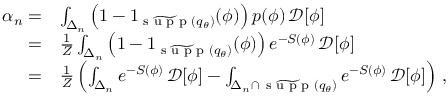
\begin{array} { r l } { \alpha _ { n } = } & { \int _ { \Delta _ { n } } \left( 1 - 1 _ { \widetilde { \textrm { s u p p } } ( { q } _ { \theta } ) } ( \phi ) \right) p ( \phi ) \, \mathcal { D } [ \phi ] } \\ { = } & { \frac { 1 } { Z } \int _ { \Delta _ { n } } \left( 1 - 1 _ { \widetilde { \textrm { s u p p } } ( { q } _ { \theta } ) } ( \phi ) \right) e ^ { - S ( \phi ) } \, \mathcal { D } [ \phi ] } \\ { = } & { \frac { 1 } { Z } \left( \int _ { \Delta _ { n } } e ^ { - S ( \phi ) } \, \mathcal { D } [ \phi ] - \int _ { { \Delta _ { n } } \cap \, { \widetilde { \textrm { s u p p } } ( { q } _ { \theta } ) } } e ^ { - S ( \phi ) } \, \mathcal { D } [ \phi ] \right) \, , } \end{array}